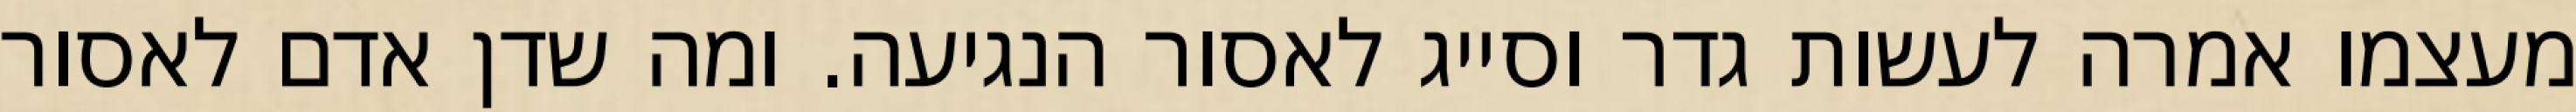
מעצמו אמרה לעשות גדר וסייג לאסור הנגיעה. ומה שדן אדם לאסור